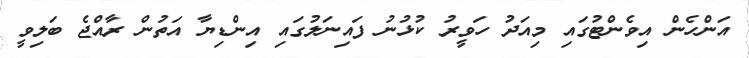
އަންހެން އިވެންޓުގައި މިއަދު ހަވީރު ކުޅުނު ފައިނަލުގައި އިންޑިޔާ އަތުން ރާއްޖެ ބަލިވީ